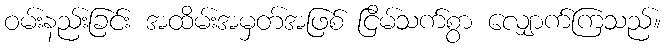
ဝမ်းနည်းခြင်း အထိမ်းအမှတ်အဖြစ် ငြိမ်သက်စွာ လျှောက်ကြသည်။